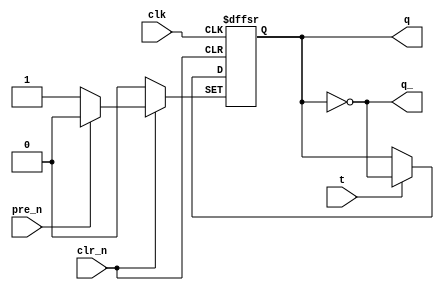
`timescale 1ns / 1ps
//////////////////////////////////////////////////////////////////////////////////
// Company: 
// 
// Design Name: T Flipflop Behavioral
// Module Name: T_Flipflop_Behavioral
// Project Name: 
// Target Devices: 
// Tool Versions: Vivaod 2021.2
// Description: 
// 
// Dependencies: 
// 
// Revision:
// Revision 0.01 - File Created
// Additional Comments:
// 
//////////////////////////////////////////////////////////////////////////////////


module T_Flipflop_Behavioral(
    q,          // q
    q_,         // q bar
    clk,        // clock
    pre_n,      // preset bar
    clr_n,      // clear bar
    t           // t
    );
    
    output reg q;
    output q_;
    input clk;
    input pre_n;
    input clr_n;
    input t;
    
    assign q_ = ~q;
    
    always@(posedge clk, negedge pre_n, negedge clr_n)
    begin
        if(!pre_n)
            q <= 1'b1;
        
        else if(!clr_n)
            q <= 1'b0;
            
        else if(t)
            q <= ~q;
    end
endmodule